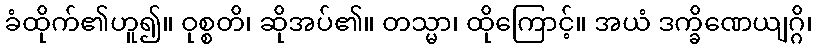
ခံထိုက်၏ဟူ၍။ ဝုစ္စတိ၊ ဆိုအပ်၏။ တသ္မာ၊ ထိုကြောင့်။ အယံ ဒက္ခိဏေယျဂ္ဂိ၊